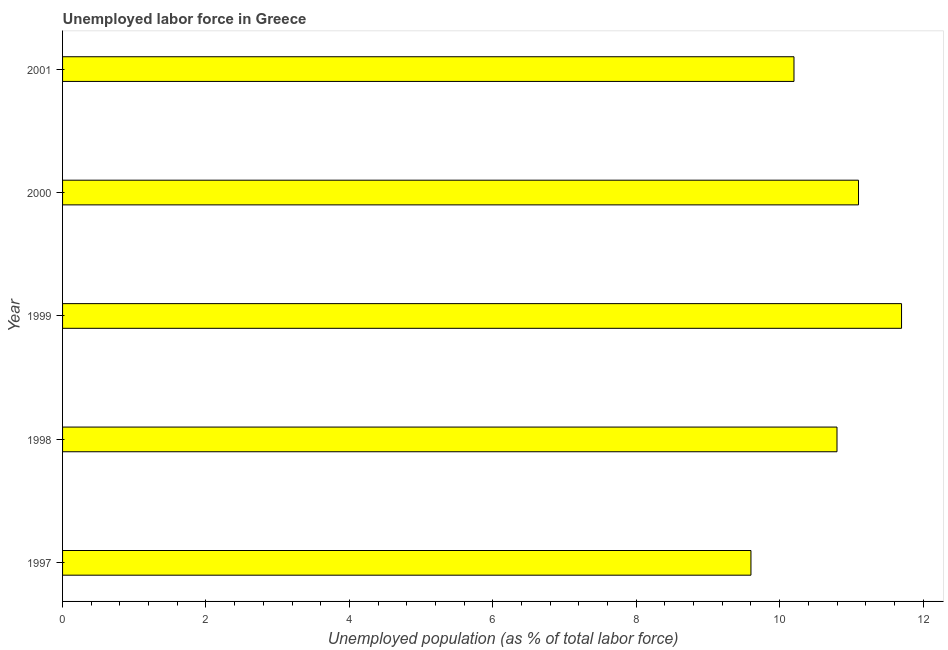
| Year | Unemployment |
 | --- | --- |
 | 1997 | 9.6 |
 | 1998 | 10.8 |
 | 1999 | 11.7 |
 | 2000 | 11.1 |
 | 2001 | 10.2 |